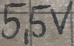
Text: 5,5V